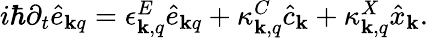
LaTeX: \begin{array}{r}{i\hbar\partial_{t}\hat{e}_{{\mathbf k}q}=\epsilon_{{\mathbf k},q}^{E}\hat{e}_{{\mathbf k}q}+\kappa_{{\mathbf k},q}^{C}\hat{c}_{{\mathbf k}}+\kappa_{{\mathbf k},q}^{X}\hat{x}_{{\mathbf k}}.}\end{array}